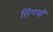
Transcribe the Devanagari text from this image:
रोिगयों